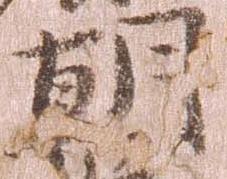
朝